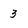
Character: 3